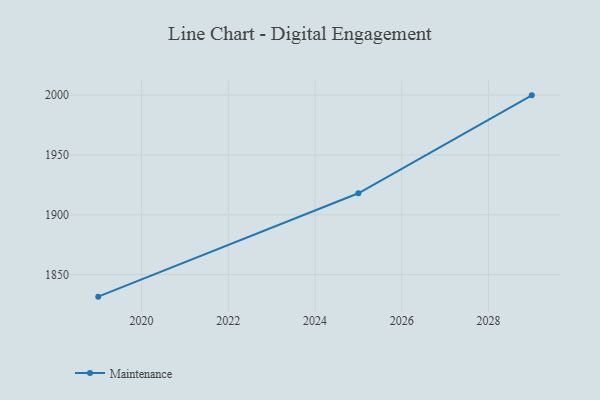
{"axis": {"x": "Year", "y": "Operating Costs (USD K)"}, "legend": ["Maintenance"], "data": [{"x": "2019", "y": 1831.6, "type": "Maintenance"}, {"x": "2025", "y": 1918.0, "type": "Maintenance"}, {"x": "2029", "y": 1999.8, "type": "Maintenance"}]}